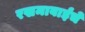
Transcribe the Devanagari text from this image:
रखमाबाईंचे